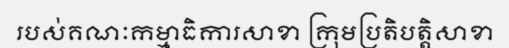
របស់គណៈកម្មាធិការសាខា ក្រុមប្រតិបត្តិសាខា